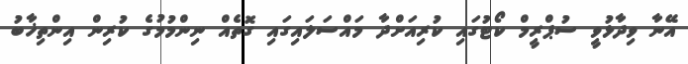
އޭނާ ވިދާޅުވީ ސުޕްރީމް ކޯޓުގައި ކުރިއަށްދާ މައްސަލައިގައި ގޮތެއް ނިންމުމުގެ ކުރިން އިންތިޚާބު